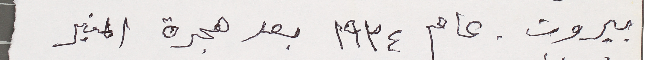
بيروت ، عام ١٩٣٤ بعد هجرة المنبر